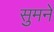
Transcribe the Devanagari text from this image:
सुमनें